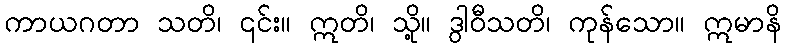
ကာယဂတာ သတိ၊ ၎င်း။ ဣတိ၊ သို့။ ဒွါဝီသတိ၊ ကုန်သော။ ဣမာနိ